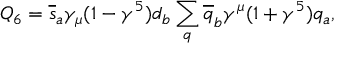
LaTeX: Q _ { 6 } = \overline { { { s } } } _ { a } \gamma _ { \mu } ( 1 - \gamma ^ { 5 } ) d _ { b } \sum _ { q } \overline { { { q } } } _ { b } \gamma ^ { \mu } ( 1 + \gamma ^ { 5 } ) q _ { a } ,